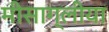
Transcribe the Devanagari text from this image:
मीसाग्लीया